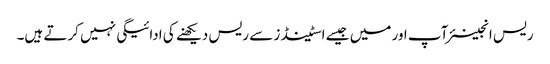
ریس انجینئر آپ اور میں جیسے اسٹینڈز سے ریس دیکھنے کی ادائیگی نہیں کرتے ہیں۔